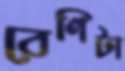
বেণিটা